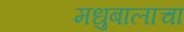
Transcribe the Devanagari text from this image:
मधुबालाचा